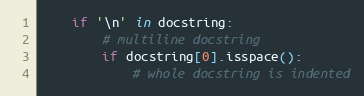
Language: Python
    if '\n' in docstring:
        # multiline docstring
        if docstring[0].isspace():
            # whole docstring is indented